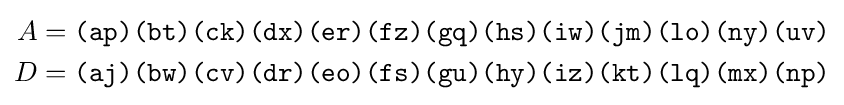
{\begin{aligned}A&={\texttt {(ap)(bt)(ck)(dx)(er)(fz)(gq)(hs)(iw)(jm)(lo)(ny)(uv)}}\\D&={\texttt {(aj)(bw)(cv)(dr)(eo)(fs)(gu)(hy)(iz)(kt)(lq)(mx)(np)}}\\\end{aligned}}